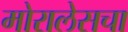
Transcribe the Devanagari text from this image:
मोरालेसचा